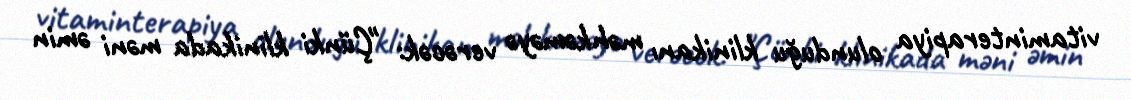
vitaminterapiya olunduğu klinikanı məhkəməyə verəcək: "Çünki klinikada məni əmin